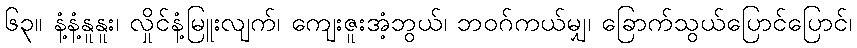
၆၃။ နံ့နံ့နူနူး၊ လှိုင်နံ့မြူးလျက်၊ ကျေးဇူးအံ့ဘွယ်၊ ဘဝဂ်ကယ်မျှ၊ ခြောက်သွယ်ပြောင်ပြောင်၊